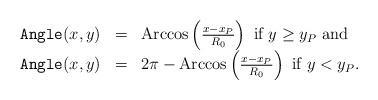
LaTeX: \begin{align*} \begin{array}{lll}{\tt{Angle}}(x,y) & = & \mbox{Arccos}\left(\frac{x-x_P}{R_0}\right) \mbox{ if }y \geq y_P \mbox{ and}\\{\tt{Angle}}(x,y) & = & 2\pi - \mbox{Arccos}\left(\frac{x-x_P}{R_0}\right) \mbox{ if }y<y_P.\end{array}\end{align*}